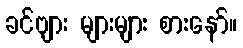
ခင်ဗျား များများ စားနော်။